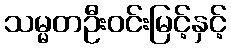
သမ္မတဦးဝင်းမြင့်နှင့်